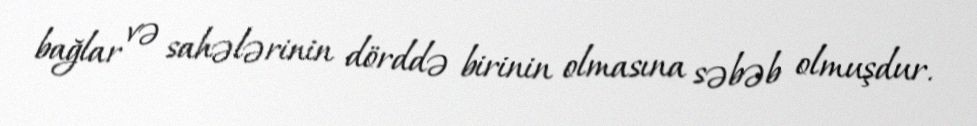
bağlar və sahələrinin dörddə birinin olmasına səbəb olmuşdur.